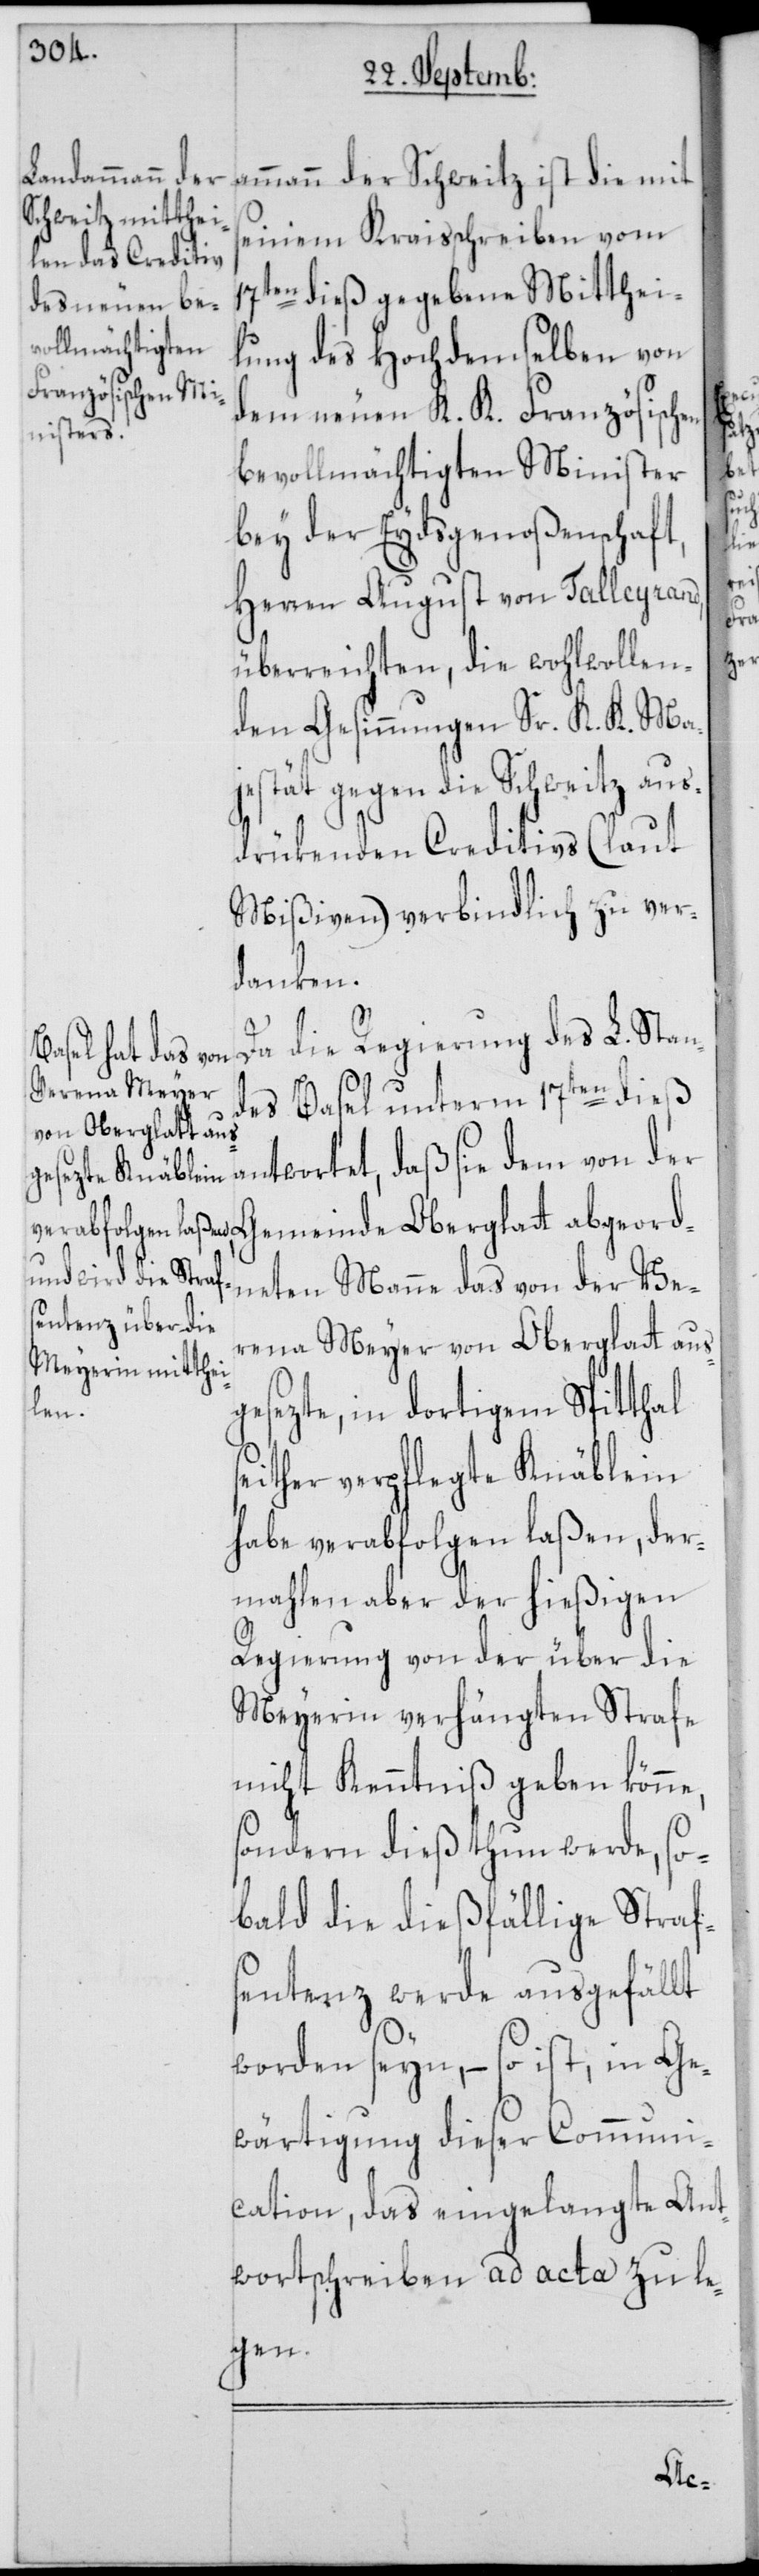
ammann der Schweitz ist die mit
seinem Kraisschreiben vom
17ten dieß gegebene Mitthei¬
lung des Hochdemselben von
dem neuen K. K. Französischen
bevollmächtigten Minister
bey der Eydsgenoßenschaft,
Herren August von Talleyrand,
überreichten, die wohlwollen¬
den Gesinnungen Sr. K. K. Ma¬
jestät gegen die Schweitz aus¬
drükenden Creditivs (laut
Mißiven) verbindlich zu ver¬
danken.
Da die Regierung des L. Stan¬
des Basel unterm 17ten dieß
de Oberglatt ab¬
ntwortet, daß sie dem von der
dneten Manne das von der Ve¬
rena Meyer von Oberglatt aus¬
mein¬
gesezte, in dortigem Spitthal
seither verpflegte Knäblein
habe verabfolgen laßen, der¬
mahlen aber der hießigen
Regierung von der über die
Meyerin verhängten Strafe
nicht Kenntniß geben könne,
sondern dieß thun werde, so¬
bald die dießfällige Straf¬
sentenz werde ausgefällt
worden seyn, – so ist, in Ge¬
wärtigung dieser Communi¬
cation, das eingelangte Ant¬
wortschreiben ad acta zu le¬
gen.
geor¬